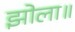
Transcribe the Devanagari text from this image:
झोला॥